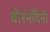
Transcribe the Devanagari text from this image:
वीरनंदिनी